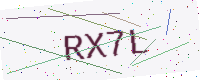
Text: RX7L